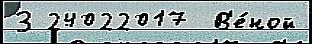
З 24022017  В'е́ной